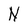
Character: N